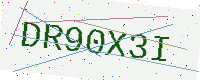
Text: DR90X3I